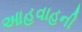
આહવાહની